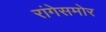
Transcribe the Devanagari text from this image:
रांगेसमोर